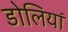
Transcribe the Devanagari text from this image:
डोलियां